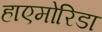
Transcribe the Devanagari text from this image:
हाएमोरिडा